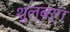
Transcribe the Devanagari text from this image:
शुल्बर्ग